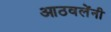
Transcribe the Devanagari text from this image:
आठवलेंनी